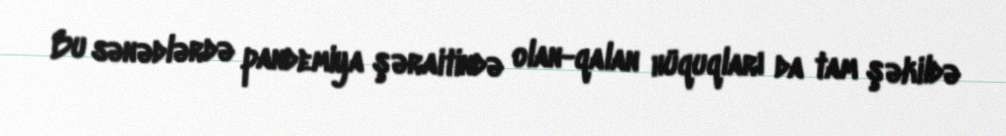
Bu sənədlərdə pandemiya şəraitində olan-qalan hüquqları da tam şəkildə